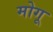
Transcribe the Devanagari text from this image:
मोगू